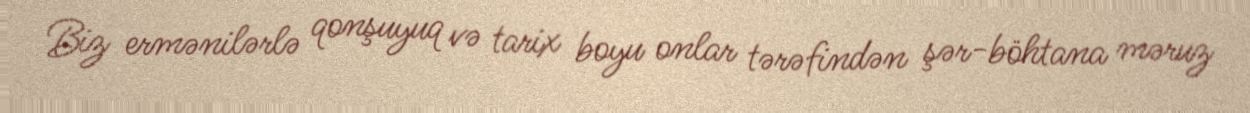
Biz ermənilərlə qonşuyuq və tarix boyu onlar tərəfindən şər-böhtana məruz